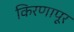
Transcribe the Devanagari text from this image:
किरणापूर